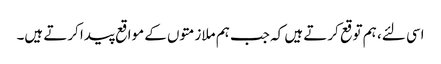
اسی لئے، ہم توقع کرتے ہیں کہ جب ہم ملازمتوں کے مواقع پیدا کرتے ہیں۔